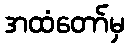
အထံတော်မှ